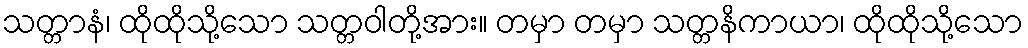
သတ္တာနံ၊ ထိုထိုသို့သော သတ္တဝါတို့အား။ တမှာ တမှာ သတ္တနိကာယာ၊ ထိုထိုသို့သော